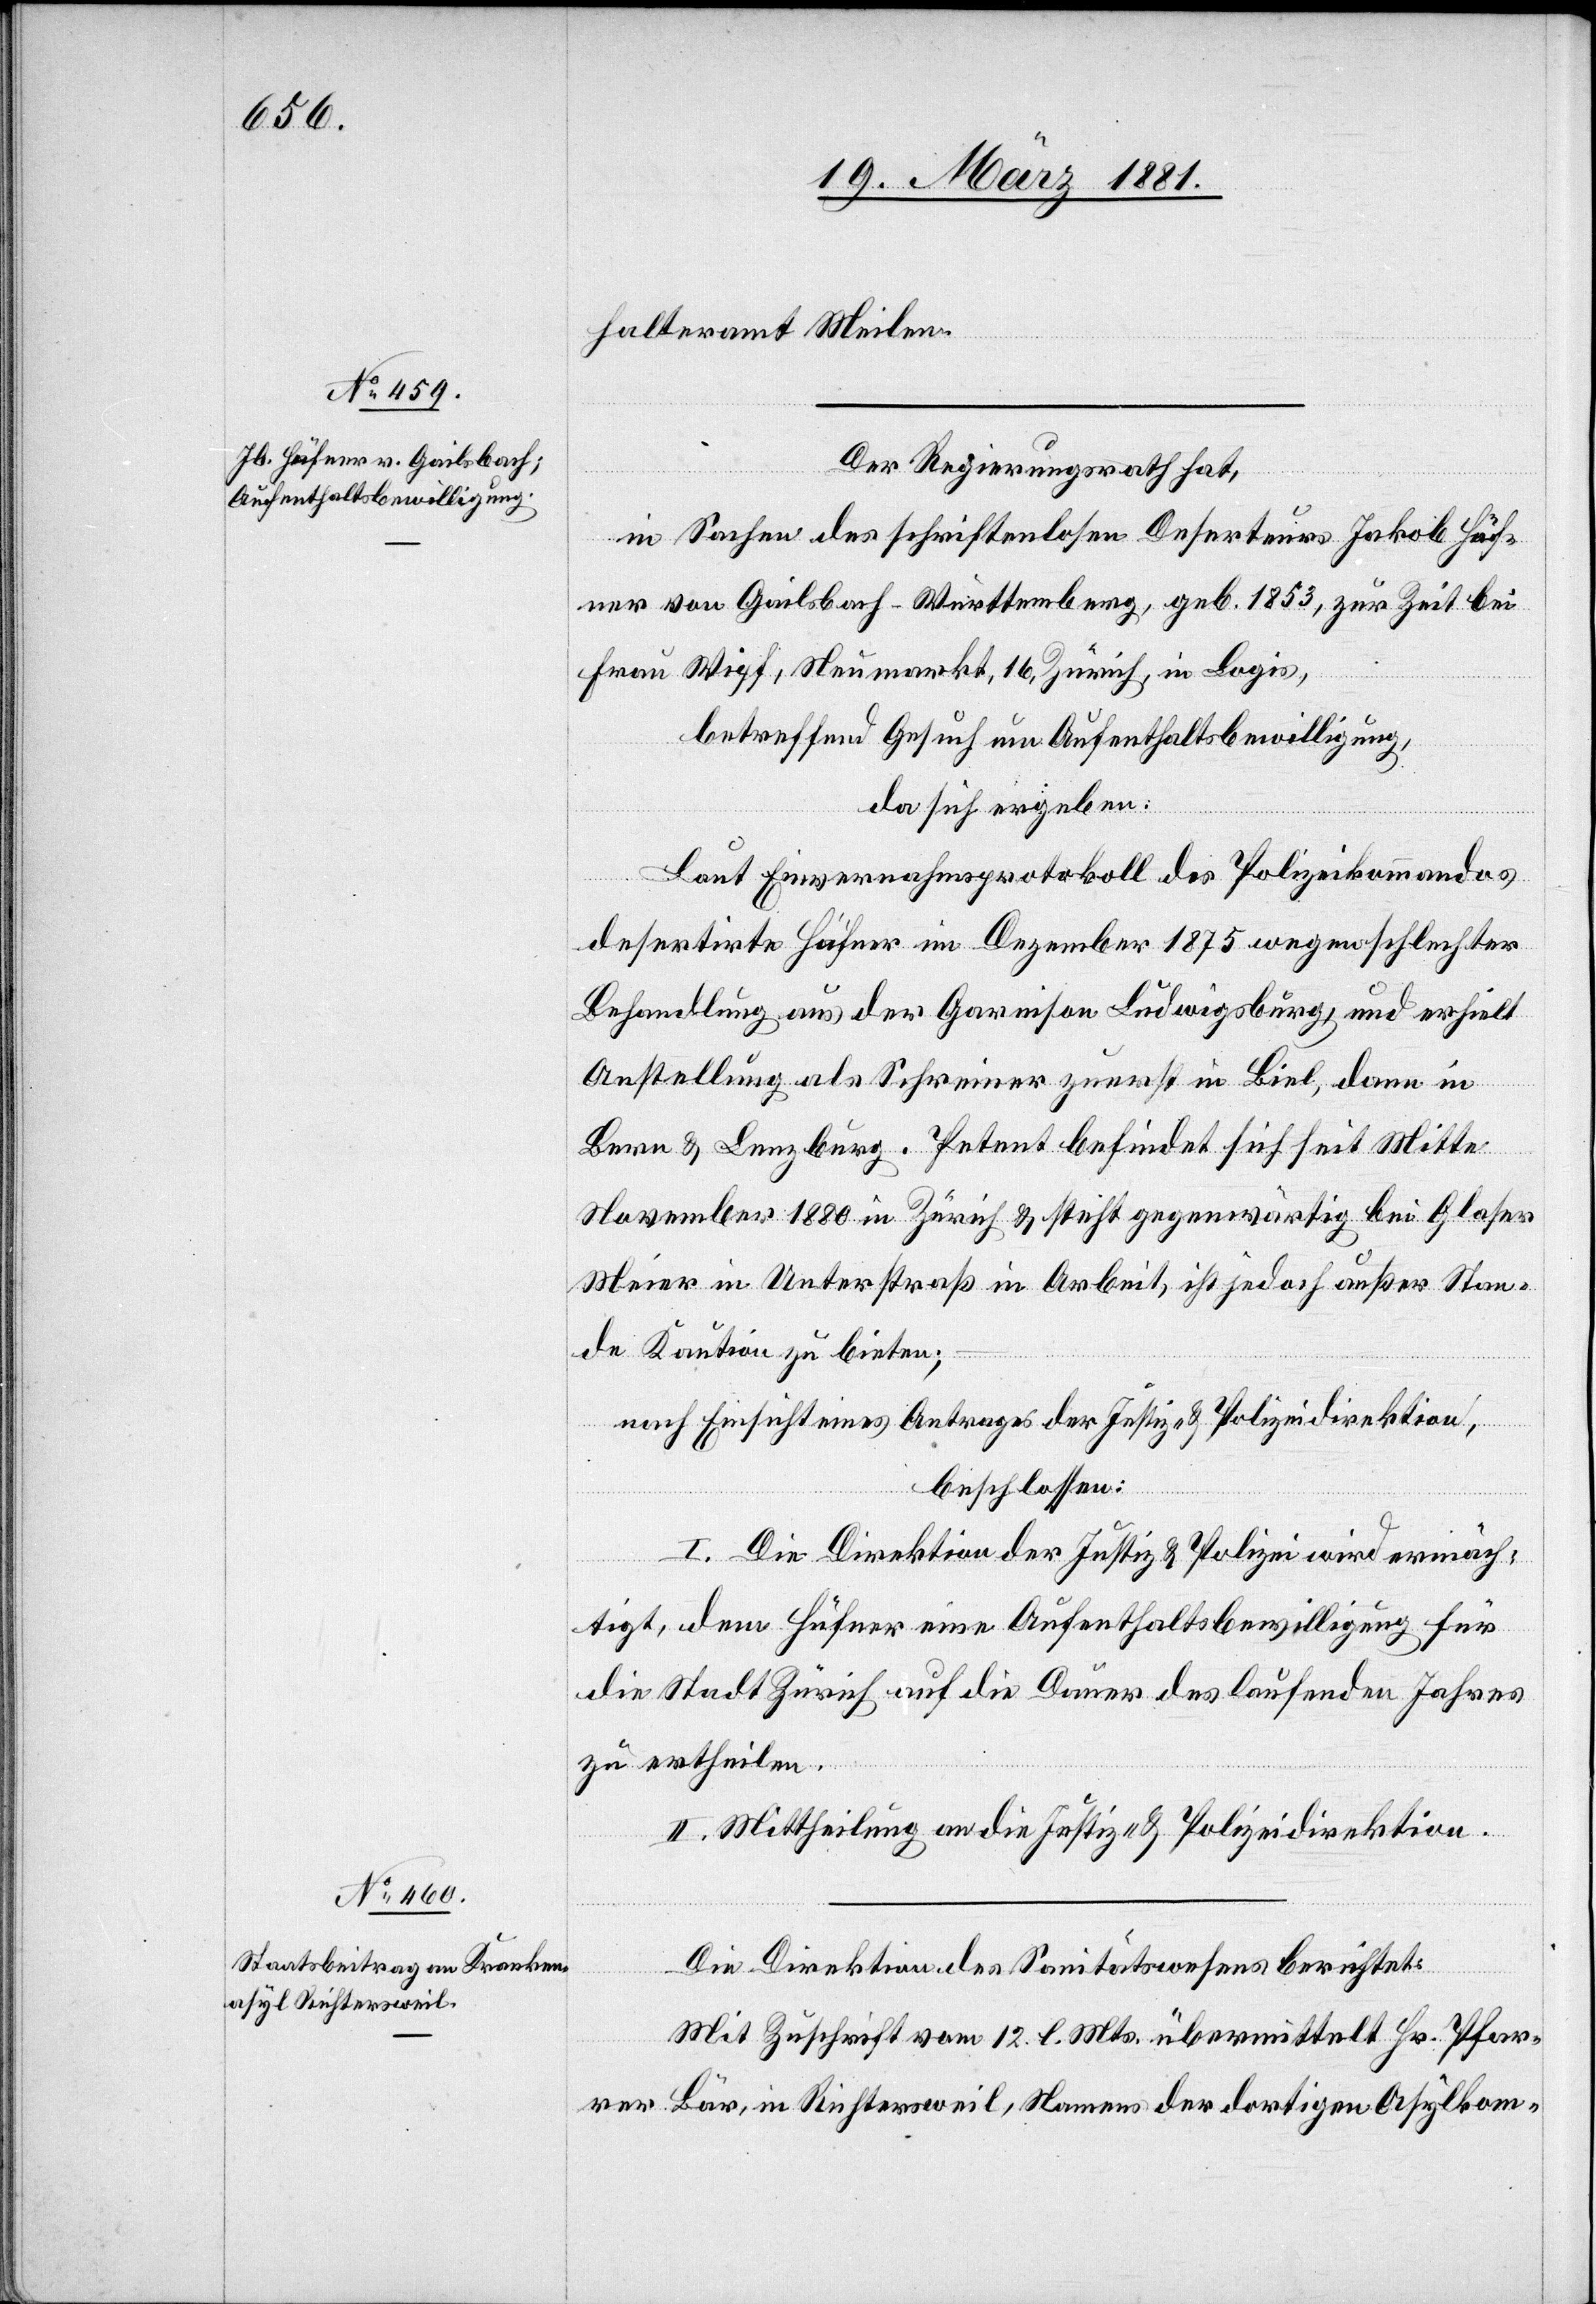
halteramt Meilen.
Der Regierungsrath hat,
in Sachen des schriftenlosen Deserteurs Jakob Häf¬
ner von Gailsbach - Württemberg, geb. 1853, zur Zeit bei
Frau Wipf, Neumarkt, 16 [sic!], Zürich, in Logis,
betreffend Gesuch um Aufenthaltsbewilligung,
da sich ergeben:
Laut Einvernahmsprotokoll des Polizeikommandos
desertirte Häfner im Dezember 1875 wegen schlechter
Behandlung aus der Garnison Ludwigsburg, und erhielt
Anstellung als Schreiber zuerst in Biel, dann in
Bern & Lenzburg. Petent befindet sich seit Mitte
November 1880 in Zürich & steht gegenwärtig bei Glaser
Meier in Unterstraß in Arbeit, ist jedoch außer Stan¬
de Kaution zu bieten;
nach Einsicht eines Antrages der Justiz- & Polizeidirektion,
beschlossen:
I. Die Direktion der Justiz & Polizei wird ermäch¬
tigt, dem Häfner eine Aufenthaltsbewilligung für
die Stadt Zürich auf die Dauer des laufenden Jahres
zu ertheilen.
II. Mittheilung an die Justiz- & Polizeidirektion.
Die Direktion des Sanitätswesens berichtet:
Mit Zuschrift vom 12. l. Mts. übermittelt Hr. Pfar¬
rer Bär, in Richtersweil, Namens der dortigen Asylkom-